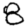
Digit: 8